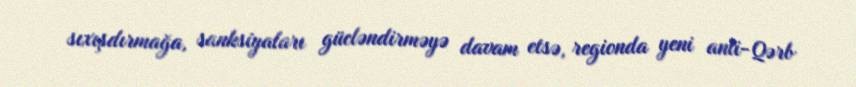
sıxışdırmağa, sanksiyaları gücləndirməyə davam etsə, regionda yeni anti-Qərb